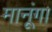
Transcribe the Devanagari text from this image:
मानूंगा